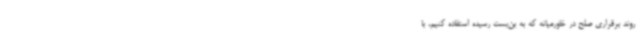
روند برقراری صلح در خاورمیانه که به بن‌بست رسیده استفاده کنیم، با